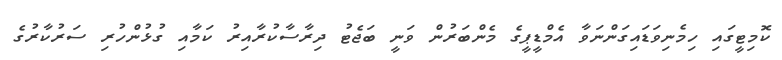
ކޮމިޓީގައި ހިމެނިވަޑައިގަންނަވާ އެމްޑީޕީގެ މެންބަރުން ވަނީ ބަޖެޓު ދިރާސާކުރާއިރު ކަމާއި ގުޅުންހުރި ސަރުކާރުގެ